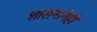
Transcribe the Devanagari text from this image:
शासनानेही